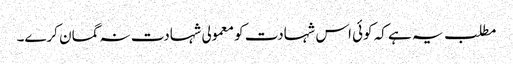
مطلب یہ ہے کہ کوئی اس شہادت کو معمولی شہادت نہ گمان کرے۔